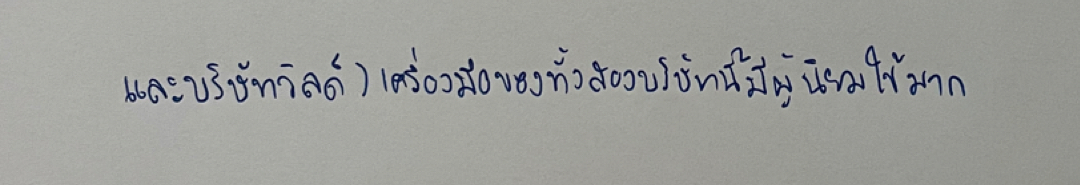
และบริษัทวิลด์)เครื่องมือของทั้งสองบริษัทนี้มีผู้นิยมใช้มาก